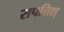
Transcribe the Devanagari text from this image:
सपत्तिश्